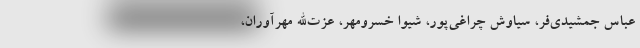
عباس جمشیدی‌فر، سیاوش چراغی‌پور، شیوا خسرومهر، عزت‌الله مهرآوران،